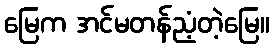
မြေက အင်မတန်ညံ့တဲ့မြေ။